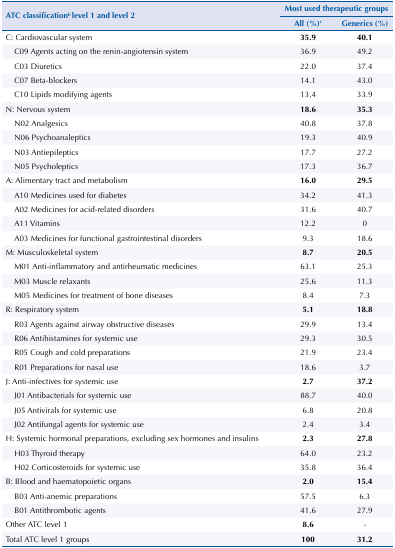
<table><thead><tr><td rowspan="3"><b>ATC classification<sup>b</sup> level 1 and level 2</b></td><td colspan="2"><b>Most used therapeutic groups</b></td></tr><tr><td><b>All (%)<sup>c</sup></b></td><td><b>Generics (%)</b></td></tr></thead><tbody><tr><td>C: Cardiovascular system</td><td><b>35.9</b></td><td><b>40.1</b></td></tr><tr><td>C09 Agents acting on the renin-angiotensin system</td><td>36.9</td><td>49.2</td></tr><tr><td>C03 Diuretics</td><td>22.0</td><td>37.4</td></tr><tr><td>C07 Beta-blockers</td><td>14.1</td><td>43.0</td></tr><tr><td>C10 Lipids modifying agents</td><td>13.4</td><td>33.9</td></tr><tr><td>N: Nervous system</td><td><b>18.6</b></td><td><b>35.3</b></td></tr><tr><td>N02 Analgesics</td><td>40.8</td><td>37.8</td></tr><tr><td>N06 Psychoanaleptics</td><td>19.3</td><td>40.9</td></tr><tr><td>N03 Antiepileptics</td><td>17.7</td><td>27.2</td></tr><tr><td>N05 Psycholeptics</td><td>17.3</td><td>36.7</td></tr><tr><td>A: Alimentary tract and metabolism</td><td><b>16.0</b></td><td><b>29.5</b></td></tr><tr><td>A10 Medicines used for diabetes</td><td>34.2</td><td>41.3</td></tr><tr><td>A02 Medicines for acid-related disorders</td><td>31.6</td><td>40.7</td></tr><tr><td>A11 Vitamins</td><td>12.2</td><td>0</td></tr><tr><td>A03 Medicines for functional gastrointestinal disorders</td><td>9.3</td><td>18.6</td></tr><tr><td>M: Musculoskeletal system</td><td><b>8.7</b></td><td><b>20.5</b></td></tr><tr><td>M01 Anti-inflammatory and antirheumatic medicines</td><td>63.1</td><td>25.3</td></tr><tr><td>M03 Muscle relaxants</td><td>25.6</td><td>11.3</td></tr><tr><td>M05 Medicines for treatment of bone diseases</td><td>8.4</td><td>7.3</td></tr><tr><td>R: Respiratory system</td><td><b>5.1</b></td><td><b>18.8</b></td></tr><tr><td>R03 Agents against airway obstructive diseases</td><td>29.9</td><td>13.4</td></tr><tr><td>R06 Antihistamines for systemic use</td><td>29.3</td><td>30.5</td></tr><tr><td>R05 Cough and cold preparations</td><td>21.9</td><td>23.4</td></tr><tr><td>R01 Preparations for nasal use</td><td>18.6</td><td>3.7</td></tr><tr><td>J: Anti-infectives for systemic use</td><td><b>2.7</b></td><td><b>37.2</b></td></tr><tr><td>J01 Antibacterials for systemic use</td><td>88.7</td><td>40.0</td></tr><tr><td>J05 Antivirals for systemic use</td><td>6.8</td><td>20.8</td></tr><tr><td>J02 Antifungal agents for systemic use</td><td>2.4</td><td>3.4</td></tr><tr><td>H: Systemic hormonal preparations, excluding sex hormones and insulins</td><td><b>2.3</b></td><td><b>27.8</b></td></tr><tr><td>H03 Thyroid therapy</td><td>64.0</td><td>23.2</td></tr><tr><td>H02 Corticosteroids for systemic use</td><td>35.8</td><td>36.4</td></tr><tr><td>B: Blood and haematopoietic organs</td><td><b>2.0</b></td><td><b>15.4</b></td></tr><tr><td>B03 Anti-anemic preparations</td><td>57.5</td><td>6.3</td></tr><tr><td>B01 Antithrombotic agents</td><td>41.6</td><td>27.9</td></tr><tr><td>Other ATC level 1</td><td><b>8.6</b></td><td>-</td></tr><tr><td>Total ATC level 1 groups</td><td><b>100</b></td><td><b>31.2</b></td></tr></tbody></table>